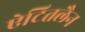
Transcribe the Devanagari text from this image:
ऐटितलैन